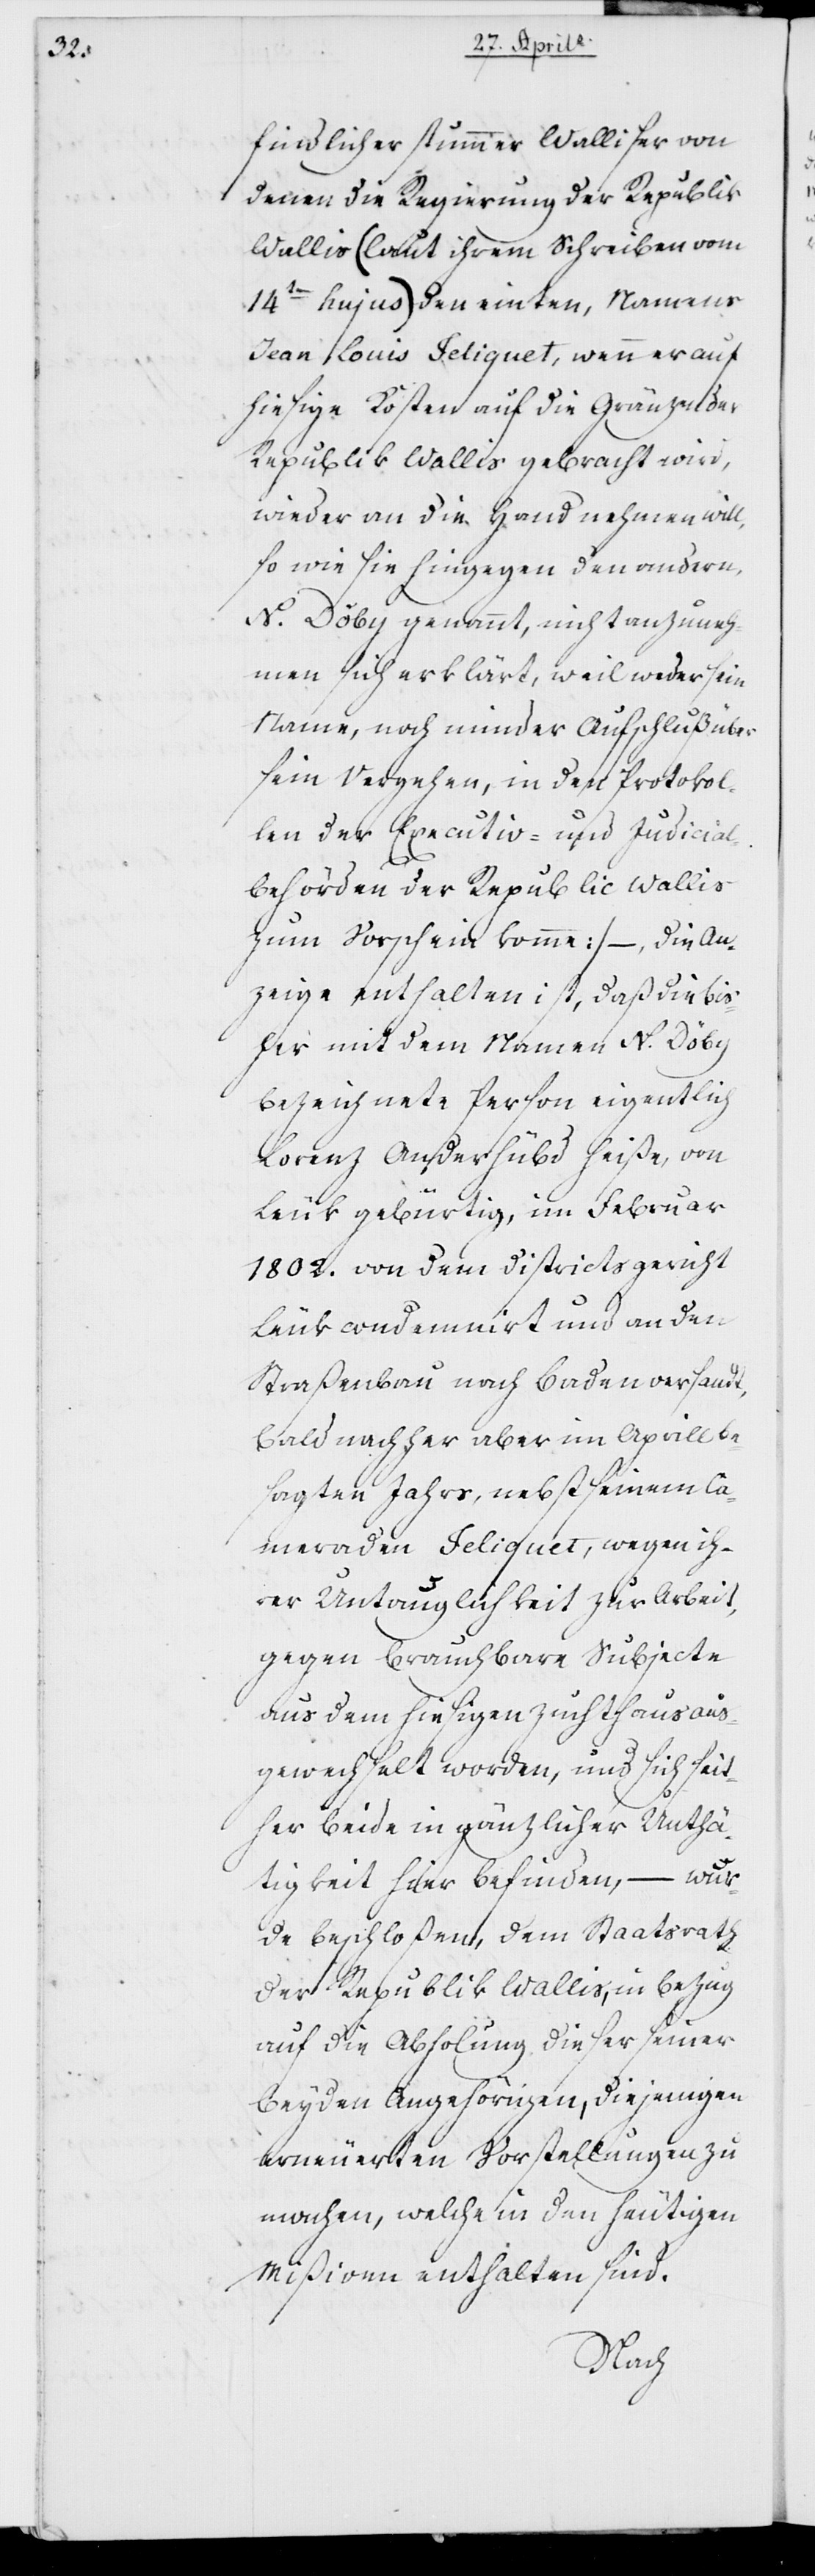
findlicher stummer Walliser von
denen die Regierung der Republik
Wallis (laut ihrem Schreiben vom
14ten hujus) den einten, Namens
Jean Louis Feliquet, wenn er auf
hiesige Kosten auf die Gränze der
Republik Wallis gebracht wird,
wieder an die Hand nehmen will,
so wie sie hingegen den andern,
N. Döby genannt, nicht anzuneh¬
men sich erklärt, weil weder sein
Name, noch minder Aufschluß über
sein Vergehen, in den Protokol¬
len der Executiv- und Judicial¬
behörden der Republic Wallis
zum Vorschein komme), – die An¬
zeige enthalten ist, daß die bis¬
her mit dem Namen N. Döby
bezeichnete Person eigentlich
Lorenz Anderhübd heiße, von
Leuk gebürtig, im Februar
1802. von dem Districtsgericht
Leuk condemniert und an den
Straßenbau nach Baden versandt,
bald nachher aber im Aprill be¬
sagten Jahrs, nebst seinem Ka¬
meraden Feliquet, wegen ih¬
rer Untauglichkeit zur Arbeit,
gegen brauchbare Subjecte
aus dem hiesigen Zuchthaus aus¬
gewechselt worden, und sich seit¬
her beyde in gänzlicher Unthä¬
tigkeit hier befinden, – wur¬
de beschloßen, dem Staatsrat
der Republik Wallis, in Bezug
auf die Abholung dieser seiner
beyden Angehörigen, diejenigen
erneuerten Vorstellungen zu
machen, welche in den heutigen
Mißiven enthalten sind.